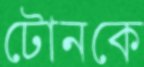
টোনকে